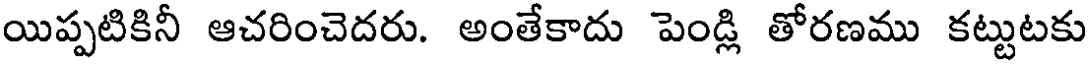
యిప్పటికినీ ఆచరించెదరు. అంతేకాదు పెండ్లి తోరణము కట్టుటకు